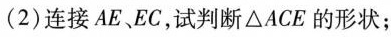
(2)连接AE、EC，试判断\triangle ACE的形状；